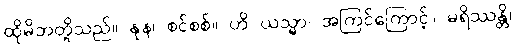
ထိုမိဘတို့သည်။ နုန၊ စင်စစ်။ ဟိ ယသ္မာ၊ အကြင်ကြောင့်။ မရိဿန္တိ၊